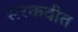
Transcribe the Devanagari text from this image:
सरकवीत